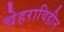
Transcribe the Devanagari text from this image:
चेहराविहीन